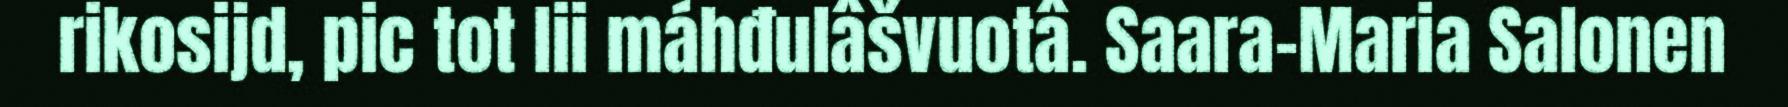
rikosijd, pic tot lii máhđulâšvuotâ. Saara-Maria Salonen